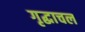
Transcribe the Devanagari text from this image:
गृद्धाचल